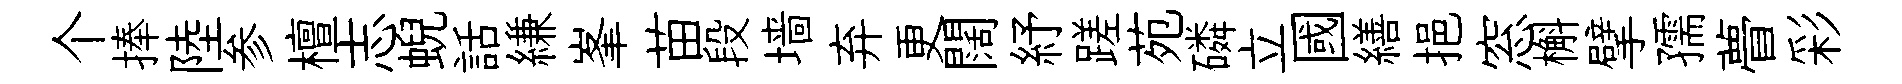
个捧陸参檀志蜺話縑峯苗段墙弃更闊紓蹉苑磷立國繕挹窓槲擘孺瞢彩